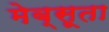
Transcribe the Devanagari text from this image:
मेब्सूता